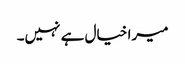
میرا خیال ہے نہیں۔